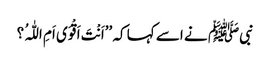
نبیﷺ نے اسے کہا کہ ’’اَنْتَ اَقْوَی اَمِ اللّٰہُ ؟